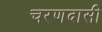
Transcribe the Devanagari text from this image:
चरणदासी